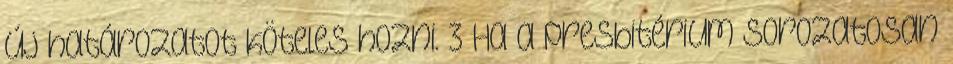
új határozatot köteles hozni. 3 Ha a presbitérium sorozatosan